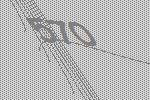
570